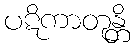
ပဋိကာတုန္တိ